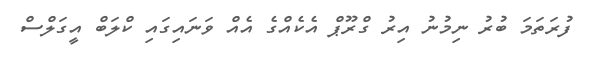
ފުރަތަމަ ބުރު ނިމުނު އިރު ގްރޫޕް އެކެއްގެ އެއް ވަނައިގައި ކްލަބް އީގަލްސް